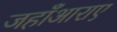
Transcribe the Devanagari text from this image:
जहाँआराए